Scottish Leaving Certificate Examination, 1957
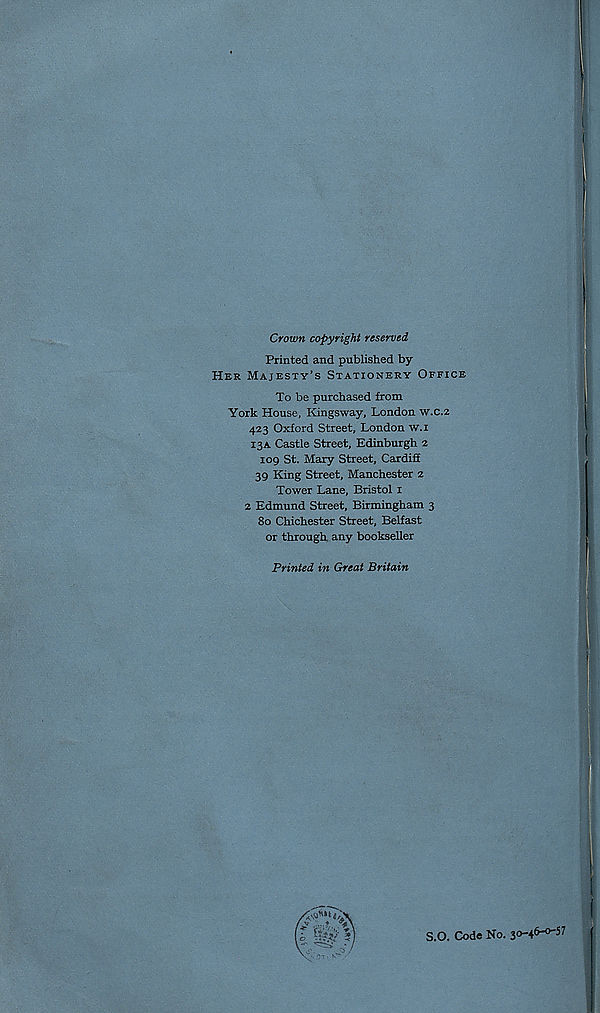
Crown copyright reserved
Printed and published by
Her Majesty’s Stationery Office
To be purchased from
York House, Kingsway, London w.c.2
423 Oxford Street, London w.i
13A Castle Street, Edinburgh 2
109 St. Mary Street, Cardiff
39 King Street, Manchester 2
Tower Lane, Bristol 1
2 Edmund Street, Birmingham 3
80 Chichester Street, Belfast
or through any bookseller
Printed, in Great Britain
S.O. Code No. 30-46-0-57